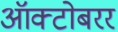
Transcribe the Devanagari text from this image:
ऑक्टोबरर